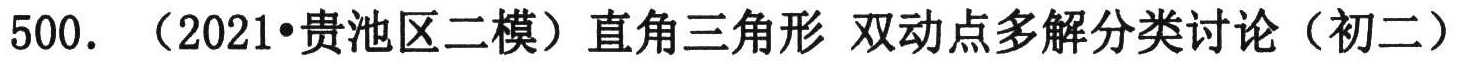
500. （2021•贵池区二模）直角三角形 双动点多解分类讨论（初二）